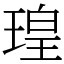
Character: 瑝